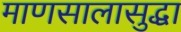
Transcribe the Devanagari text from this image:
माणसालासुद्धा